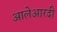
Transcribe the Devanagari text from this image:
आलेआरदी